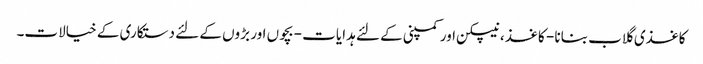
کاغذی گلاب بنانا - کاغذ ، نیپکن اور کمپنی کے لئے ہدایات - بچوں اور بڑوں کے لئے دستکاری کے خیالات۔